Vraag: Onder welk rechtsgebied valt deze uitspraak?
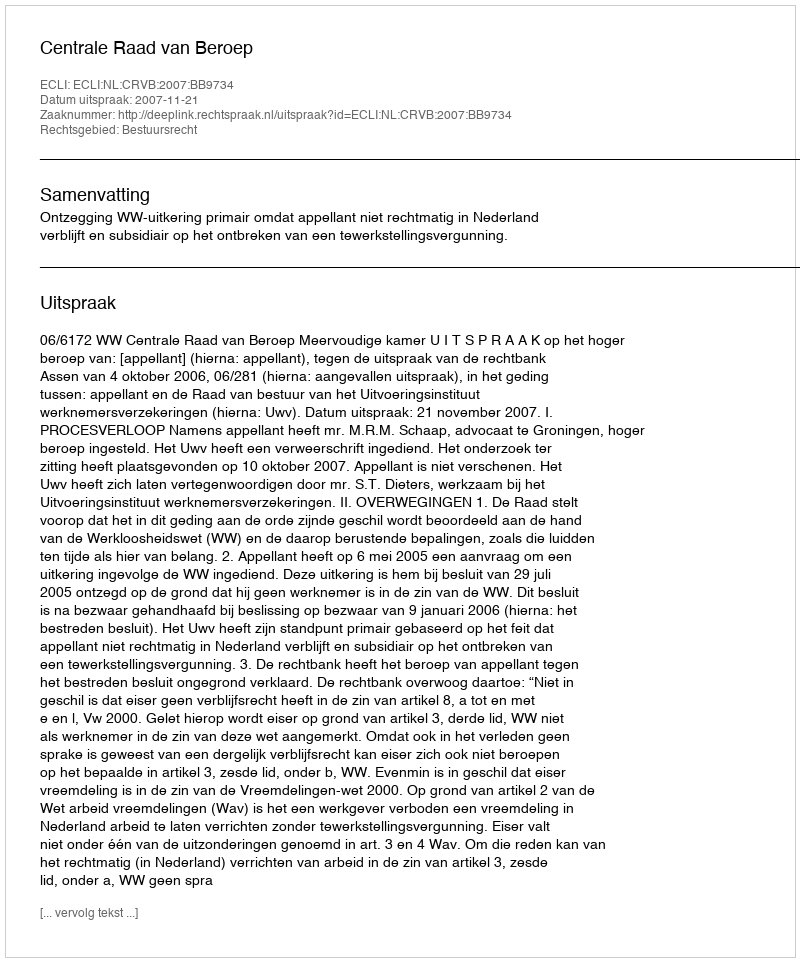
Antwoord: Bestuursrecht